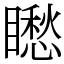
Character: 矁